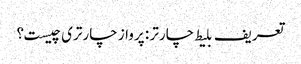
تعریف بلیط چارتر : پرواز چارتری چیست؟